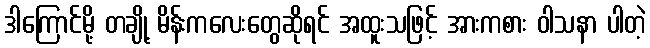
ဒါကြောင်မို့ တချို့ မိန်းကလေးတွေဆိုရင် အထူးသဖြင့် အားကစား ဝါသနာ ပါတဲ့